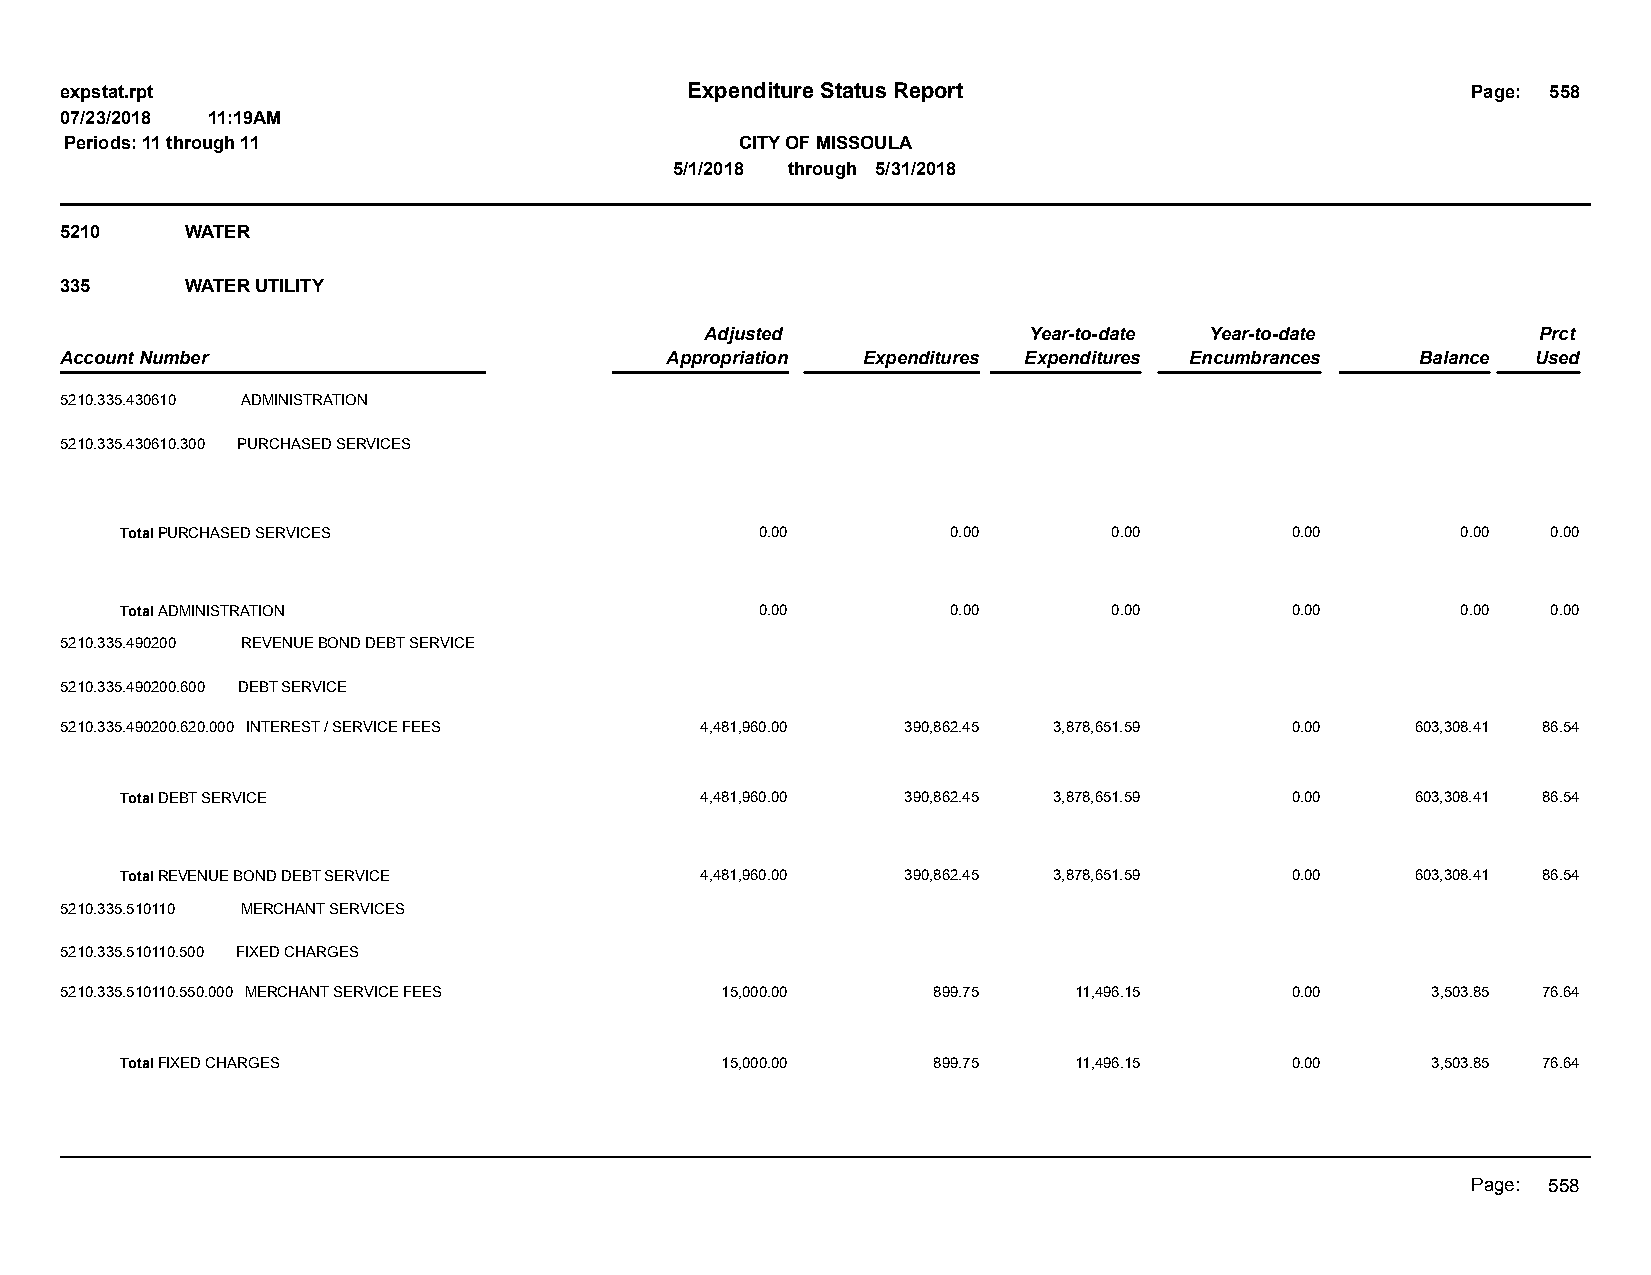
expstat.rpt                              Expenditure Status Report                           Page: 558
 07/23/2018 11:19AM
 Periods: 11 through 11                       CITY OF MISSOULA
 5/1/2018 through 5/31/2018
 5210    WATER
 335     WATER UTILITY
 Adjusted             Year-to-date Year-to-date         Prct
 Account Number                          Appropriation Expenditures Expenditures Encumbrances Balance Used
 5210.335.430610 ADMINISTRATION
 5210.335.430610.300 PURCHASED SERVICES
 Total PURCHASED SERVICES                  0.00         0.00       0.00       0.00        0.00  0.00
 Total ADMINISTRATION                      0.00         0.00       0.00       0.00        0.00  0.00
 5210.335.490200 REVENUE BOND DEBT SERVICE
 5210.335.490200.600 DEBT SERVICE
 5210.335.490200.620.000 INTEREST / SERVICE FEES 4,481,960.00 390,862.45 3,878,651.59 0.00 603,308.41 86.54
 Total DEBT SERVICE                    4,481,960.00  390,862.45 3,878,651.59  0.00     603,308.41 86.54
 Total REVENUE BOND DEBT SERVICE       4,481,960.00  390,862.45 3,878,651.59  0.00     603,308.41 86.54
 5210.335.510110 MERCHANT SERVICES
 5210.335.510110.500 FIXED CHARGES
 5210.335.510110.550.000 MERCHANT SERVICE FEES 15,000.00   899.75   11,496.15     0.00      3,503.85 76.64
 Total FIXED CHARGES                     15,000.00     899.75   11,496.15     0.00      3,503.85 76.64
 Page: 558